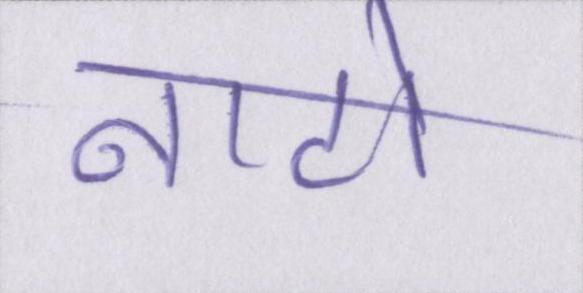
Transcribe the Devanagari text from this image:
नाटो